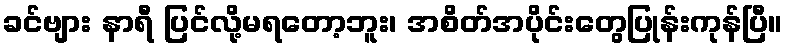
ခင်ဗျား နာရီ ပြင်လို့မရတော့ဘူး၊ အစိတ်အပိုင်းတွေပြုန်းကုန်ပြီ။